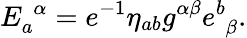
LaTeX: E_{a}^{\, \, \alpha}=e^{-1}\eta_{ab}g^{\alpha\beta}e_{\, \, \beta}^{b}.